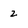
Character: 2